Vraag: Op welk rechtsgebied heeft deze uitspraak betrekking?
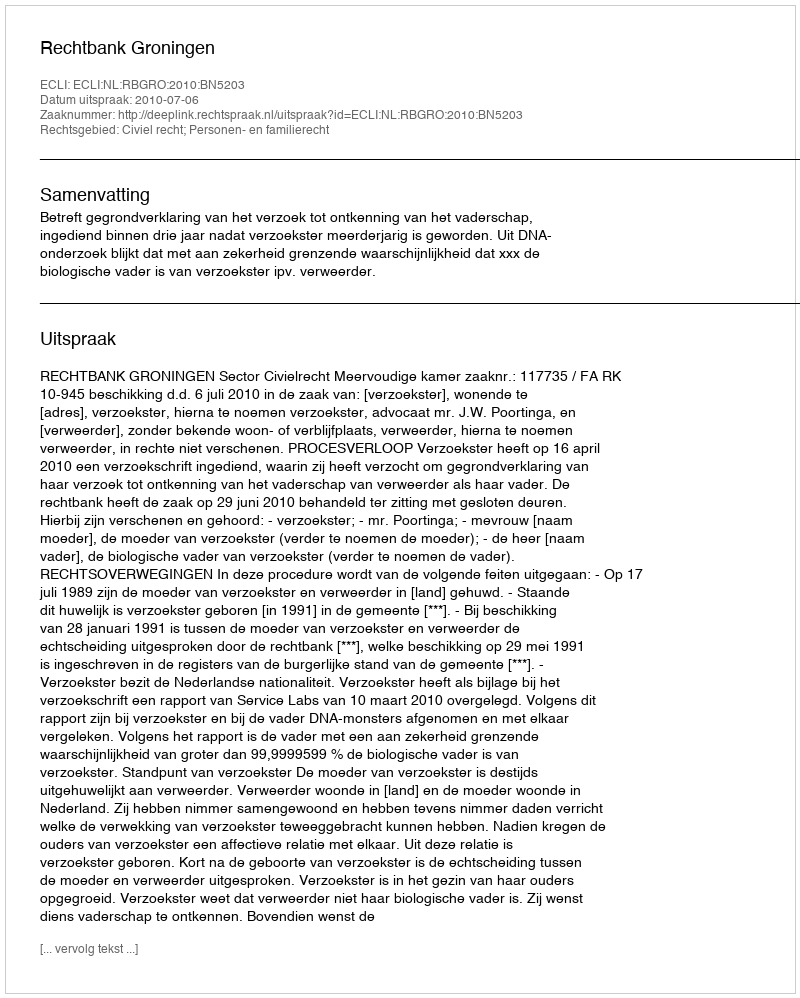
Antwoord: Civiel recht; Personen- en familierecht